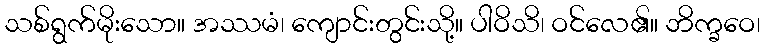
သစ်ရွက်မိုးသော။ အဿမံ၊ ကျောင်းတွင်းသို့။ ပါဝိသိ၊ ဝင်လေ၏။ ဘိက္ခဝေ၊